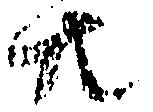
共